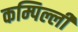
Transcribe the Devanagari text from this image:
कम्पिल्ली